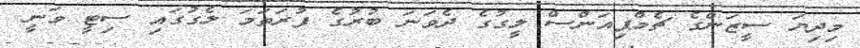
މިދިޔަ ސީޒަންގެ ޗެމްޕިއަންސް ލީގުގެ ދެވަނަ ބުރުގެ ފުރަތަމަ ލެގުގައި ސިޓީ ވަނީ